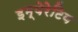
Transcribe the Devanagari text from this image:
इम्पेरेटिव